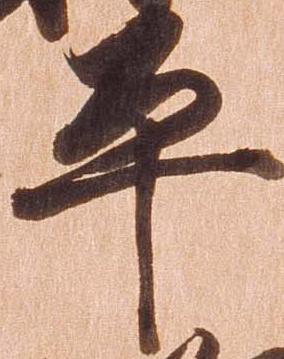
平